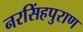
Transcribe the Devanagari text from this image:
नरसिंहपुराण